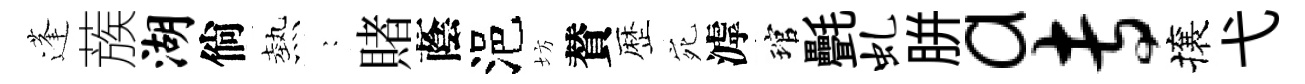
蓬蔟湖倘熱巍賭蔭浥坊賛歴宛滹琯㲲虬胼a专攘弋